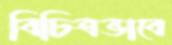
বিচিত্রভাবে